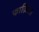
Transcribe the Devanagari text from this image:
फाज़िला